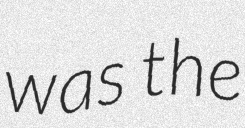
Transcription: was the